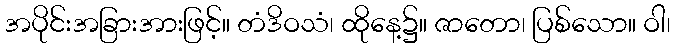
အပိုင်းအခြားအားဖြင့်။ တံဒိဝသံ၊ ထိုနေ့၌။ ဇာတော၊ ပြစ်သော။ ဝါ၊